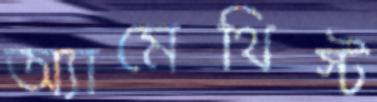
অ্যামেথিস্ট